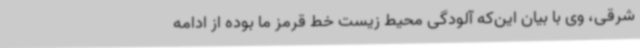
شرقی، وی با بیان این‌که آلودگی محیط زیست خط قرمز ما بوده از ادامه